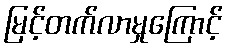
မြင့်တက်လာမှုကြောင့်